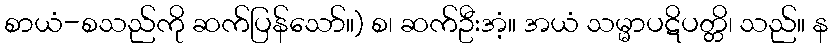
စာယံ-စသည်ကို ဆက်ပြန်သော်။) စ၊ ဆက်ဦးအံ့။ အယံ သမ္မာပဋိပတ္တိ၊ သည်။ န